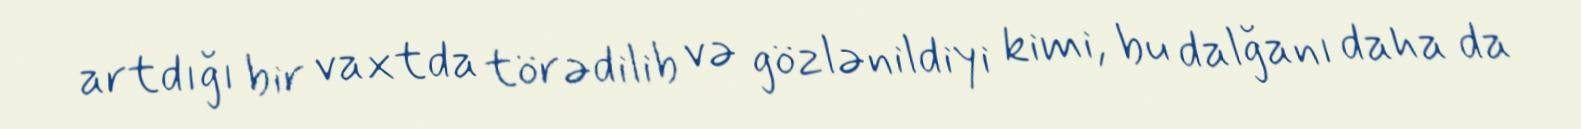
artdığı bir vaxtda törədilib və gözlənildiyi kimi, bu dalğanı daha da